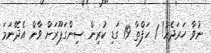
ނުވާ ހަރަދެއް! 1 ހަފްތާ 19 ގަޑި ކުރިން ސިންގަޕޫރަށް ވާން އެދޭނަމަ